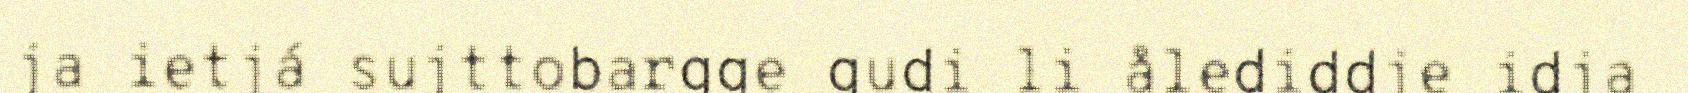
ja ietjá sujttobargge gudi li ålediddje idja